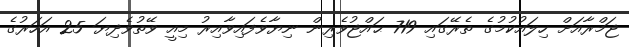
ޖަމްރާއަށް ހިލައުކުމުގެ ތެރޭގައި 719 ޙައްޖުވެރިން ނިޔާވެފައިވާއިރު މިއީ ވޭތުވެދިޔަ 25 އަހަރުގެ